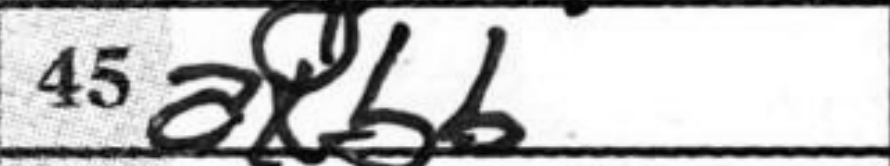
Transcription: axb6